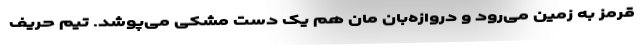
قرمز به زمین می‌رود و دروازه‌بان مان هم یک دست مشکی می‌پوشد. تیم حریف